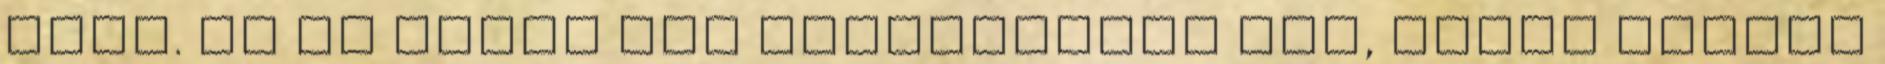
úton. És ha senki nem akadályozza meg, akkor bizony